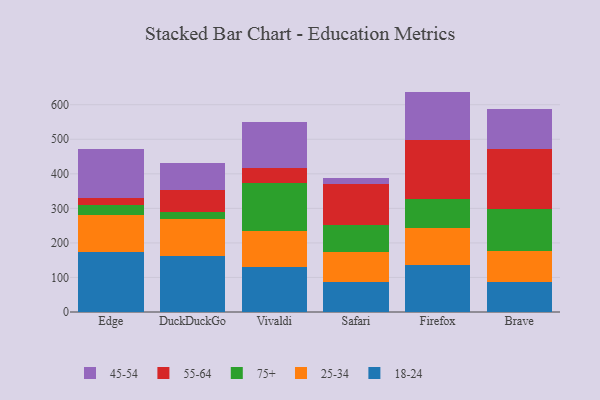
{"axis": {"x": "Browser", "y": "Gross Profit (USD K)"}, "legend": ["18-24", "25-34", "45-54", "55-64", "75+"], "data": [{"x": "Edge", "y": 174.2, "type": "18-24"}, {"x": "Edge", "y": 106.7, "type": "25-34"}, {"x": "Edge", "y": 27.9, "type": "75+"}, {"x": "Edge", "y": 20.6, "type": "55-64"}, {"x": "Edge", "y": 143.1, "type": "45-54"}, {"x": "DuckDuckGo", "y": 162.5, "type": "18-24"}, {"x": "DuckDuckGo", "y": 106.4, "type": "25-34"}, {"x": "DuckDuckGo", "y": 21.9, "type": "75+"}, {"x": "DuckDuckGo", "y": 63.5, "type": "55-64"}, {"x": "DuckDuckGo", "y": 76.1, "type": "45-54"}, {"x": "Vivaldi", "y": 130.5, "type": "18-24"}, {"x": "Vivaldi", "y": 104.3, "type": "25-34"}, {"x": "Vivaldi", "y": 137.6, "type": "75+"}, {"x": "Vivaldi", "y": 45.7, "type": "55-64"}, {"x": "Vivaldi", "y": 131.8, "type": "45-54"}, {"x": "Safari", "y": 87.8, "type": "18-24"}, {"x": "Safari", "y": 86.2, "type": "25-34"}, {"x": "Safari", "y": 77.0, "type": "75+"}, {"x": "Safari", "y": 119.6, "type": "55-64"}, {"x": "Safari", "y": 18.3, "type": "45-54"}, {"x": "Firefox", "y": 136.2, "type": "18-24"}, {"x": "Firefox", "y": 106.2, "type": "25-34"}, {"x": "Firefox", "y": 85.9, "type": "75+"}, {"x": "Firefox", "y": 170.5, "type": "55-64"}, {"x": "Firefox", "y": 139.2, "type": "45-54"}, {"x": "Brave", "y": 86.8, "type": "18-24"}, {"x": "Brave", "y": 89.5, "type": "25-34"}, {"x": "Brave", "y": 121.4, "type": "75+"}, {"x": "Brave", "y": 173.9, "type": "55-64"}, {"x": "Brave", "y": 116.4, "type": "45-54"}]}